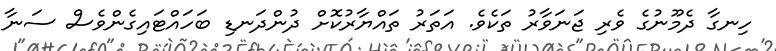
ހިނގާ ދެމޫނުގެ ވެރި ޖަނަވާރު ތަކެވެ. އަތަރު ތައްޔާރުކޮށް ދުންދަނޑި ބަހައްޓައިގެންވެސް ސަނާ